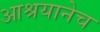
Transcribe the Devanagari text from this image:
आश्रयानेच